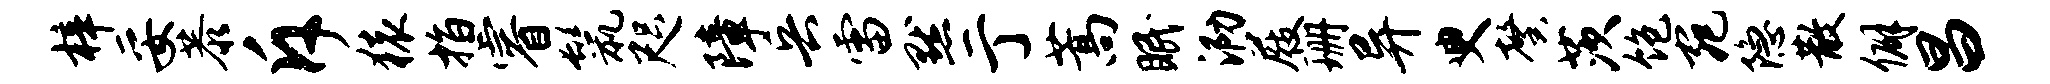
梓妥恭斥猿指睿鬣咫障兵雷默亍蒿眠泐屐珊异臾馨茨饱宛隐散僻昌